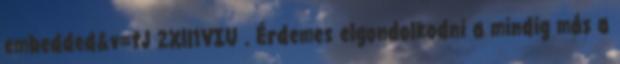
embedded&v=tJ 2Xll1VIU . Érdemes elgondolkodni a mindig más a